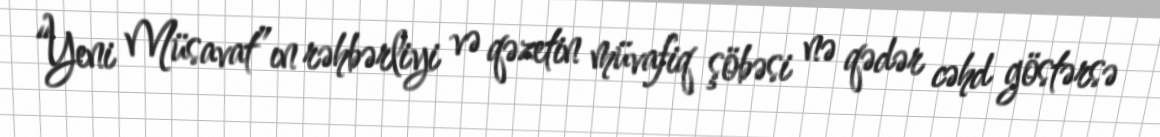
“Yeni Müsavat”ın rəhbərliyi və qəzetin müvafiq şöbəsi nə qədər cəhd göstərsə